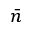
\bar { n }